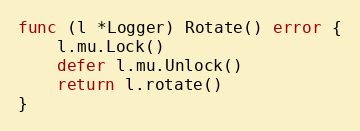
Language: Go
func (l *Logger) Rotate() error {
	l.mu.Lock()
	defer l.mu.Unlock()
	return l.rotate()
}